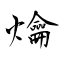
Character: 爚